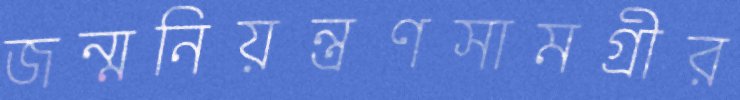
জন্মনিয়ন্ত্রণসামগ্রীর